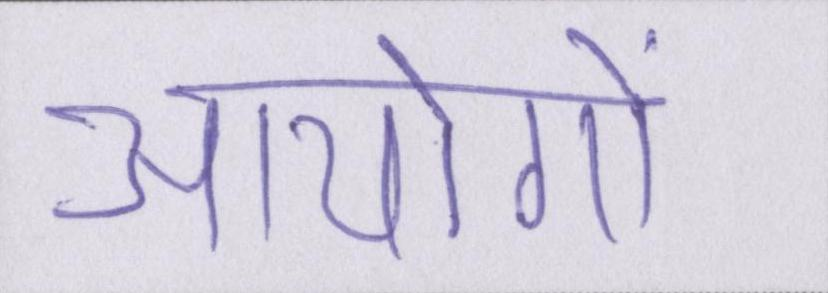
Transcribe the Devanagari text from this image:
आयोगों